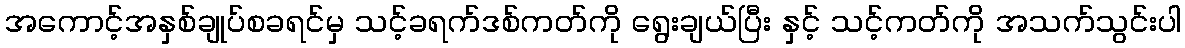
အကောင့်အနှစ်ချုပ်စခရင်မှ သင့်ခရက်ဒစ်ကတ်ကို ရွေးချယ်ပြီး နှင့် သင့်ကတ်ကို အသက်သွင်းပါ